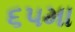
૬૫મા